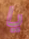
يا